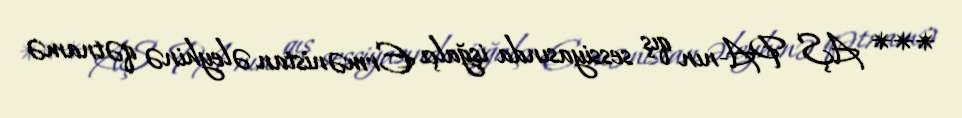
*** AŞ PA-nın qış sessiyasında işğalçı Ermənistan əleyhinə qətnamə